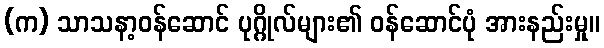
(က) သာသနာ့ဝန်ဆောင် ပုဂ္ဂိုလ်များ၏ ဝန်ဆောင်ပုံ အားနည်းမှု။